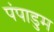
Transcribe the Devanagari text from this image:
पंपाडुम